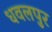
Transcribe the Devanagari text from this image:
धवलपुर